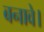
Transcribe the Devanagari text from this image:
बनावे।